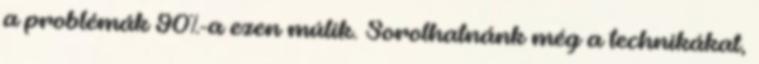
a problémák 90%-a ezen múlik. Sorolhatnánk még a technikákat,